King Institute of Preventive Medicine Micro-Biological Section reports 1909-11
Year: 1909
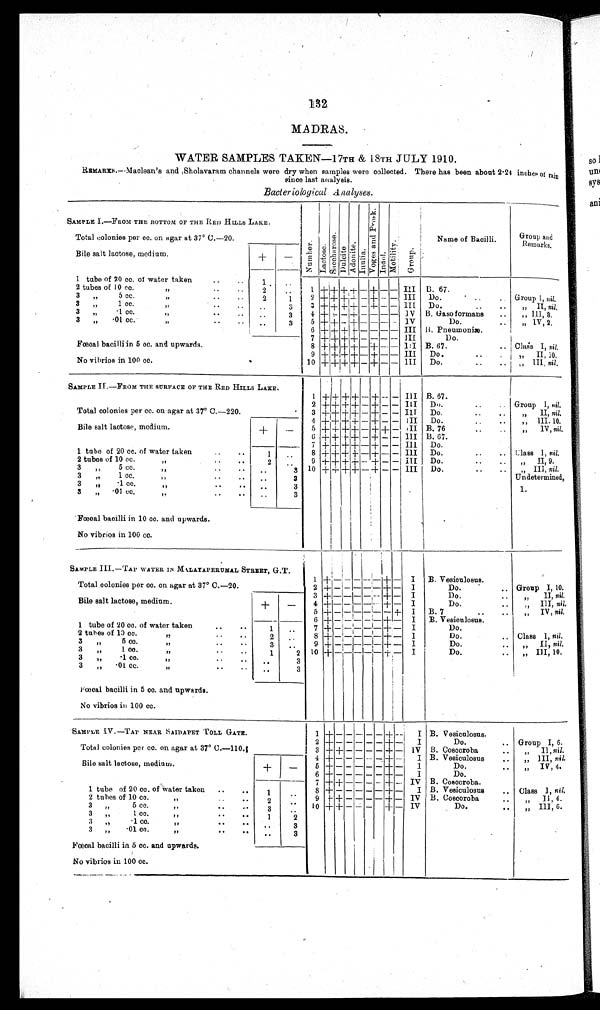
132.
MADRAS.
WATER SAMPLES TAKEN—17TH & 18TH JULY 1910.
REMARKS.—Maclean's and Sholavaram channels were dry when samples were collected. There has been about 2·24 inches of rain
since last analysis.
Bacteriological Analyses.
SAMPLE 1.— FROM THE BOTTOM OF THE RED HILLS LAKE.
Number.Lactose.Sacchar ose.Dul ci t e.Adoni t e.I nul i a.Vo g e s a n d Pr o s k .Indol.Mot i l i t y.Group.
Name of Bacilli.
Group and
Remarks.
Total colonies per cc. on agar at 37° C.
—20.
Bile salt lactose, medium.
+
−
1 tube of 20 cc. of water taken
1
2 tubes of 10 cc.
2
1
+
+ +
+
−
+
− − III B. 67.
3 „ 5 cc.
2
1
2
+
+
+ +
−
+
− − III
Do.
Group I, nil.
3 „ 1 cc.
3 3
+ + + +
−
+
− −
III
Do.
„ II, nil.
3 „ ·1 cc.
3
4
+ + + +
− − − − IV B. Gaso formans
„ III, 8.
3 „ ·01 cc.
3
5
+ +
−
+
− − − −
I V Do.
„ IV, 2.
Fœcal bacilli in 5 cc. and upwards.
6
+
+ + +
− − − − III B. Pneumoniæ
7
+
+
+
+
− − − − III
Do.
8
+ + + +
−
+
− −
III
B. 67.
Class I, nil.
No vibrios in 100 cc.
9
+ + +
+
−
+
− − III
Do.
,, II,10.
10
+ + + +
−
+
− −
III
Do.
„ III,
nil.
SAMPLE II.— FROM THE SURFACE OF THE RED HILLS LAKE.
Total colonies per cc. on agar at 37° C.
—220.
1 + + + + − + - −
III
B. 67.
2 + + + + − + - − III
Do.
Group I, nil.
3 + + + + − + - −
III
Do.
„ II, nil.
4 + + + + − + - −
III
Do.
,, III,10.
Bile salt lactose, medium.
+
−
5 + + + + − + - +
III
B. 76
„ IV, nil.
6
+ + + + − + - − III B. 67.
7
+ + + + − + - − III
Do.
1 tube of 20 cc. of water taken
1
8 + + + + − + - −
III
Do.
Class I, nil.
2 tubes of 10 cc.
2
9 + + + + − + - − III
Do.
„ II,
9
.
3 ,, 5 cc. ,,
3
10 + + + + − + - −
III
Do.
„ III, nil.
3 ,, 1cc. „
3
Undetermined,
3 „ ·1 cc. „
3
1.
3 „ ·01 cc. „
3
Fœcal bacilli in 10 cc. and upwards.
No vibrios in 100 cc.
SAMPLE III.—TAP WATER IN MALAYAPERUMAL STREET, G.T.
Total colonies per co. on agar at 37° C.
—20.
1 + − − − − − + − I
B. Vesiculosus.
2 + − − − − − + − I
Do.
Group I, 10.
3 + − − − − − + − I
Do.
„ II, nil.
Bile salt lactose, medium.
+
−
4 + − − − − − + − I
Do.
„ III,
nil.
5 + − − − − − − +
I B. 7
„ IV, nil.
6 +
− − − − − + −
I
B. Vesiculosus.
1 tube of 20 cc. of water taken
1
7 + − − − − − + −
I
Do.
2 tubes of 13 cc.
2
8 + − − − − − + −
I
Do.
Class I, nil.
3
„
5 cc. ,,
3
9 + − − − − − + −
I
Do.
„ II, nil.
3 „ 1 cc. ,,
1
2 10 + − − − − − + −
I
Do.
„ III, 10.
3 „ ·1 cc. ,,
3
3 „ ·01 cc. ,,
3
Fœcal bacilli in 5 cc. and upwards.
No vibrios in 100 cc.
SAMPLE IV.—TAP NEAR SAIDAPET TOLL GATE.
1 + − − −
− − + −
I
B. Vesiculosus.
Total colonies per co. on agar at 37° C.
—110.
2 + − − − − − + −
I
Do.
Group I, 6.
3 + + − − − − + −
I V
B. Coscoroba
„ II,
nil.
4 +
− − − − − + −
I
B. Vesiculosus
„ III, nil.
Bile salt lactose, medium.
+
−
5 + − − − − − + −
I
Do.
„ IV, 4.
6 + − − − − − + −
I
Do.
7 + + − − − − + −
I V
B. Coscoroba.
1 tube of 20 cc. of Water taken
1
8 + − − − − − + −
I
B. Vesiculosus.
Class I, nil.
2 tubes of 10 cc.
2
9 + + − − − − + −
I V
B. Coscoroba
„ II, 4.
3 ,, 5 cc. ,,
3
10 + + − − −
+ −
I V
Do.
„ III, 6.
3 ,, 1 cc. ,,
1
2
3 „ ·1 cc.
,,
3
3 „ ·01 cc.
,,
3
Fœcal bacilli in 5 cc. and upwards.
No vibrios in 100 cc.